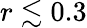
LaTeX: r\lesssim 0.3